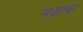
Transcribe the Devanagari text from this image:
गड़ाबा